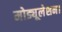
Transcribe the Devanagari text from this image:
मोड्यूलेशन।